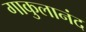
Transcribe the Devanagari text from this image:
गाकुलानंद